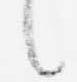
言